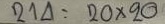
241 = 20 x 20